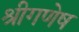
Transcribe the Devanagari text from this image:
श्रीगणेष